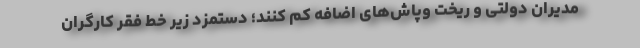
مدیران دولتی و ریخت وپاش‌های اضافه کم کنند؛ دستمزدِ زیر خط فقر کارگران